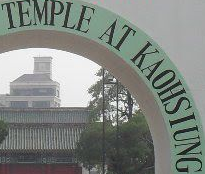
TEMPLE AT KAOHSIUNG